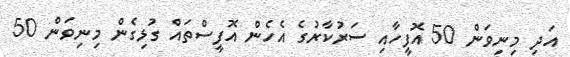
އަދި މިނިވަން 50 އޮފީހާއި ސަރުކާރުގެ އެހެން އޮފީސްތައް ގުޅިގެން މިނިވަން 50